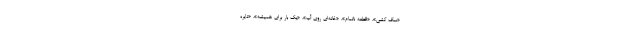
«سگ کشی»، «قطعه ناتمام»، «خانه‌ای روی آب»، «یک بار برای همیشه»، «دایره